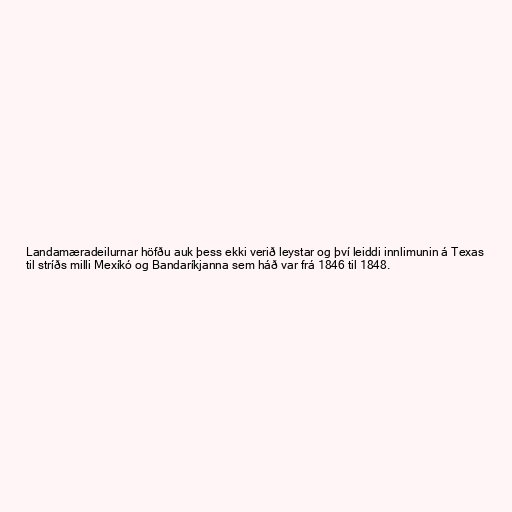
Landamæradeilurnar höfðu auk þess ekki verið leystar og því leiddi innlimunin á Texas
til stríðs milli Mexíkó og Bandaríkjanna sem háð var frá 1846 til 1848.